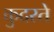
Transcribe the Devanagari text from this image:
कुदरते